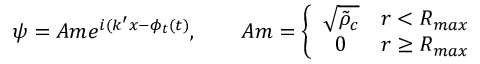
\psi = A m e ^ { i ( k ^ { \prime } x - \phi _ { t } ( t ) } , \qquad A m = \left\{ \begin{array} { c c } { \sqrt { \tilde { \rho } _ { c } } } & { r < R _ { m a x } } \\ { 0 } & { r \ge R _ { m a x } } \end{array} \right.